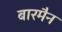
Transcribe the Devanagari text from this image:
बारमैन